Punjab Mental Hospital Lahore 1932-46 - 1932-1946
Year: 1932
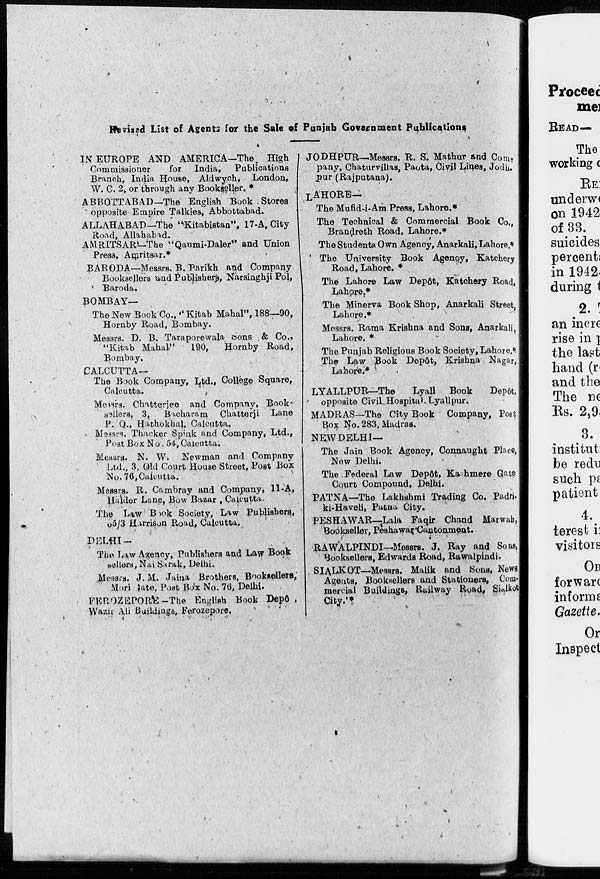
Revised List of Agents for the Sale of Punjab Government Publications
IN EUROPE AND AMERICA—The High
Commissioner
for India, Publications
Branch, India House, Aldwych, London,
W. C. 2, or through any Bookseller. *
ABBOTTABAD—The English Book Stores
opposite Empire Talkies, Abbottabad.
ALLAHABAD—the "Kitabistan", 17-A, City
Road, Allahabad.
AMRITSAR—The "Qaumi-Daler" and Union
Press, Amritsar.*
BARODA—Messrs. B. Parikh and Company
Booksellers and Publishers, Narsinghji Pol,
Baroda.
BOMBAY—
The New Book Co.," Kitab Mahal", 188—90,
Hornby Road, Bombay.
Messrs. D. B. Taraporewala Sons & Co.,
"Kitab Mahal"
190, Hornby Road,
Bombay.
CALCUTTA—
The Book Company, Ltd., College Square,
Calcutta.
Messrs. Chatterjee and Company, Book-
sellers, 3, Bacharam Chatterji Lane
P. Q., Hathokhal, Calcutta.
Messrs. Thacker Spink and Company, Ltd.,
Post Box No. 54, Calcutta.
Messrs. N. W. Newman and Compnny
Ltd., 3, Old Court House Street, Post Box
No. 76, Calcutta.
Messrs. R. Cambray and Company, 11-A,
Halder Lane, Bow Bazar, Culcatta.
The Law Book Society, Law Publishers,
65/3 Harrison Road, Calcutta.
DELHI—
The Law Agency, Publishers and Law Book
sellers, Nai Sarak, Delhi.
Messrs. J. M. Jaina Brothers, Booksellers,
Mori late, Post Box No. 76, Delhi.
FEROZEPORE-The English Book Depôt ,
Wazir Ali Buildings, Ferozepore.
JODHPUR-Messrs. R. S. Mathur and Com¬
pany,. Chaturvillas, Paota, Civil Lines, Jodh¬
pur (Rajputana).
LAHORE—
The Mufid-i-Am Press, Lahore.*
The Technical & Commercial Book Co.,
Brandreth Road, Lahore.*
The Students Own Agency, Anarkali, Lahore.*
The University Book Agency, Katchery
Road, Lahore. *
The Lahore Law Depôt, Katchery Road,
Lahore.*
The Minerva Book Shop, Anarkali Street,
Lahore.*
Messrs. Rama Krishna and Sons. Anarkali,
Lahore. *
The Punjab Religious Book Society, Lahore.*
The Law Book Depôt, Krishna Nagar,
Lahore.
LYALLPUR—The
Lyall Book
Depôt,
opposite Civil Hospital Lyallpur.
MADRAS—The City Book Company, Post
Box No. 283, Madras.
NEW DELHI—
The Jain Book Agency, Connaught Place,
New Delhi.
The Federal Law Depôt, Kashmere Gate
Court Compound, Delhi.
PATNA—The Lakhshmi Trading Co. Padri¬
ki-Haveli, Patna City.
PESHAWAR-Lala Faqir Chand Marwah,
Bookseller, Peshawar Cantonment.
RAWALPINDI—Messrs. J. Ray and Sons,
Booksellers, Edwards Road, Rawalpindi.
SIALKOT—Messrs. Malik and Sons, News
Agents, Booksellers and Stationers, Com¬
mercial Buildings, Railway Road, Sialkot
City*